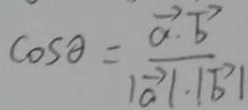
\cos \theta = \frac { \overrightarrow { a } \cdot \overrightarrow { b } } { \vert \overrightarrow { a } \vert \cdot \vert \overrightarrow { b } \vert }